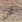
نحن